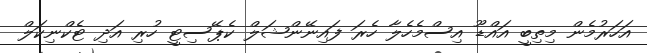
އަހަރުމެން މިތިބީ އައްޑޫ އިސްމެހެލާ ހެރަ ފައިނޭންޝަލް ކެޕޭސިޓީ ހުރި އަދި ޓެކްނިކަލް